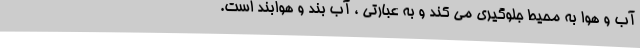
آب و هوا به محیط جلوگیری می کند و به عبارتی ، آب بند و هوابند است.